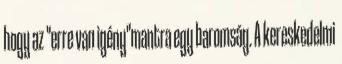
hogy az "erre van igény"mantra egy baromság. A kereskedelmi